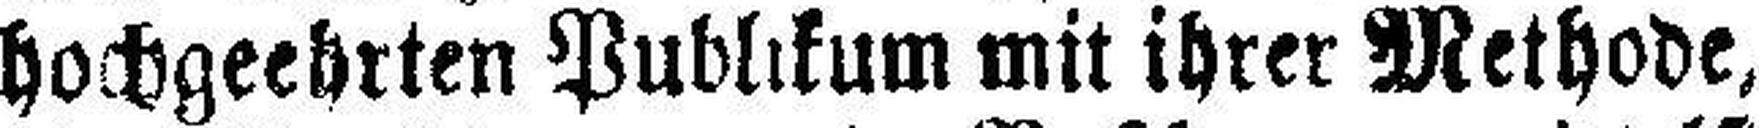
hochgeehrten Publikum mit ihrer Methode,